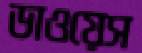
ডাওয়েস